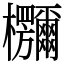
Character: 鿝